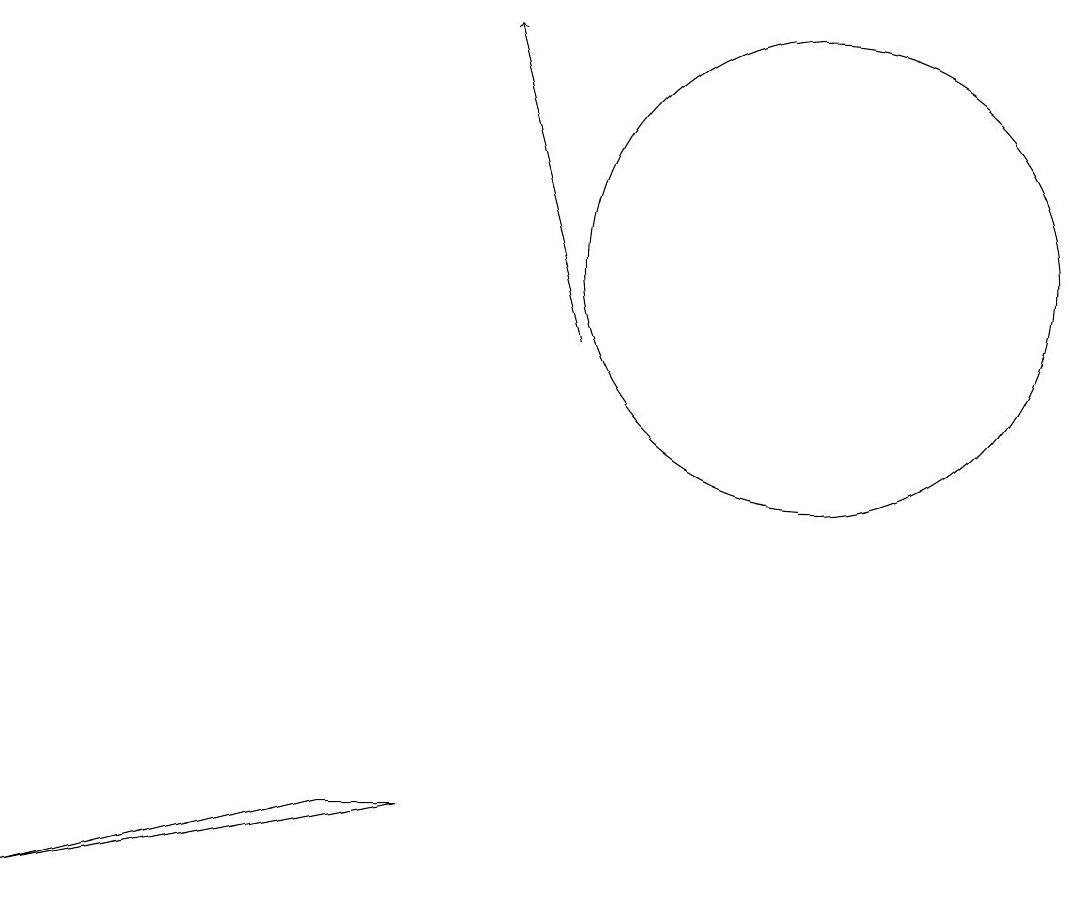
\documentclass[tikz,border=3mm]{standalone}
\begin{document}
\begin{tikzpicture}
\draw (10,11) circle (3);
\draw[->] (7,10) -- (6,14);
\draw (5,4) -- (0,3) -- (4,4) -- cycle;
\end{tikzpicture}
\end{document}